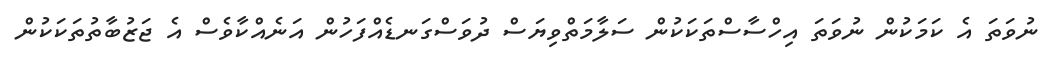
ނުވަތަ އެ ކަމަކުން ނުވަތަ އިހްސާސްތަކަކުން ސަލާމަތްވިޔަސް ދުވަސްގަނޑެއްފަހުން އަނެއްކާވެސް އެ ޖަޒުބާތުތަކަކުން